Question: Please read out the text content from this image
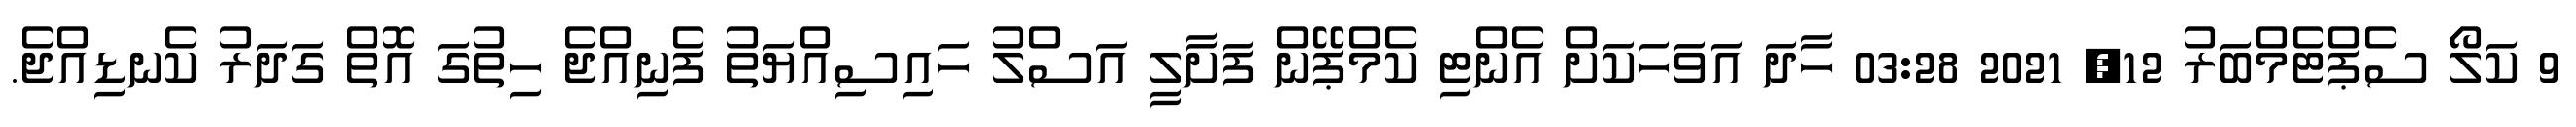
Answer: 9 ކަލޯ ސެޕްޓެމްބަރު 12, 2021 03:28 ހާދަ އަވަހަކަށް އެންޓި ކެމްޕޭން ފަށާލީ އަސްލު ހައިސިއްޔަތު ފެނިއްޖެ ހިތުގަ އޮތް ގަދަރު ކެނޑިއްޖެ.